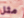
مثل